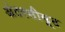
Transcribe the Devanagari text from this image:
अंटरसीबूट